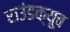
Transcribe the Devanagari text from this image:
राउंडक्यूब